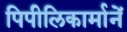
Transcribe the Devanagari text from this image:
पिपीलिकार्मानें